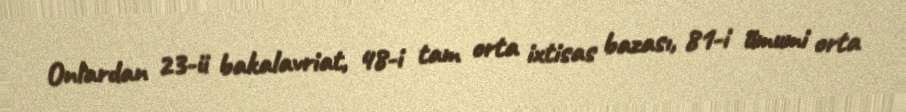
Onlardan 23-ü bakalavriat, 48-i tam orta ixtisas bazası, 81-i ümumi orta